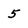
Character: 5